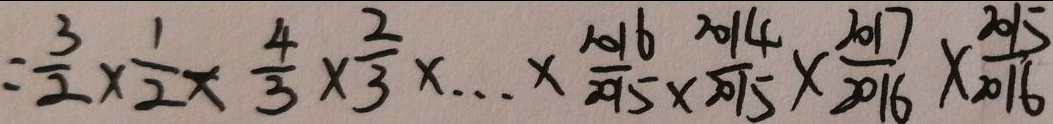
= \frac { 3 } { 2 } \times \frac { 1 } { 2 } \times \frac { 4 } { 3 } \times \frac { 2 } { 3 } \times \cdots \times \frac { 2 0 1 6 } { 2 0 1 5 } \times \frac { 2 0 1 4 } { 2 0 1 5 } \times \frac { 2 0 1 7 } { 2 0 1 6 } \times \frac { 2 0 1 5 } { 2 0 1 6 }